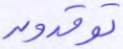
توقدون